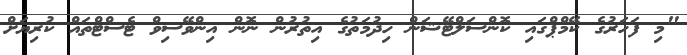
"މި ފަހަރުގެ ކޭމްޕްގައި ކޮންސަލްޓޭޝަން ހިދުމަތުގެ އިތުރުން ނޮން އިންވޭސިވް ޓެސްޓްތައް ކުރިޔަށް